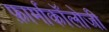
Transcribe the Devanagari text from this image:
फ़ार्माकॉलोजी